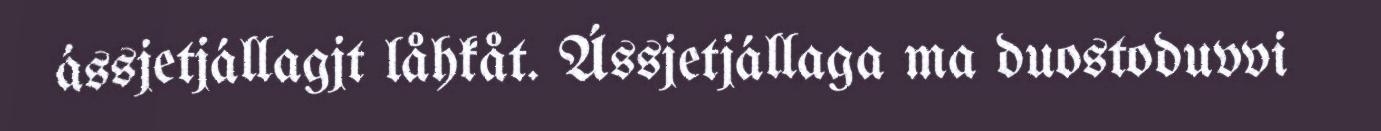
ássjetjállagjt låhkåt. Ássjetjállaga ma duostoduvvi